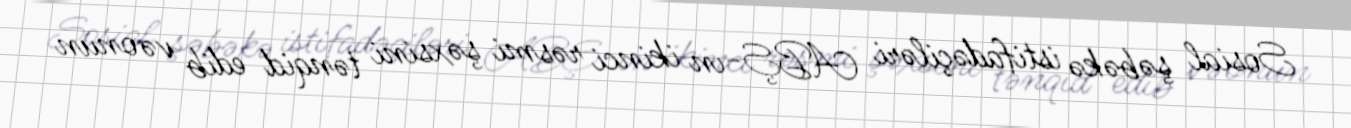
Sosial şəbəkə istifadəçiləri ABŞ-ın ikinci rəsmi şəxsini tənqid edib və onun